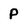
Character: P